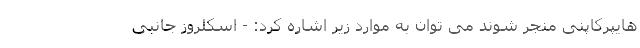
هایپرکاپنی منجر شوند می توان به موارد زیر اشاره کرد: - اسکلروز جانبی